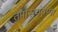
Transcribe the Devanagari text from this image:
तपासयंत्रणा